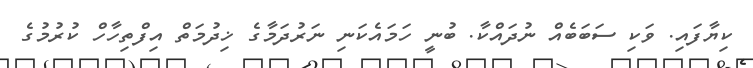
ކިޔާފައި. ވަކި ސަބަބެއް ނުދައްކާ. ބުނީ ހަމައެކަނި ނަރުދަމާގެ ޚިދުމަތް އިފްތިހާހް ކުރުމުގެ